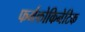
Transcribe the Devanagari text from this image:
फर्मकोकिनेटिक